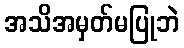
အသိအမှတ်မပြုဘဲ